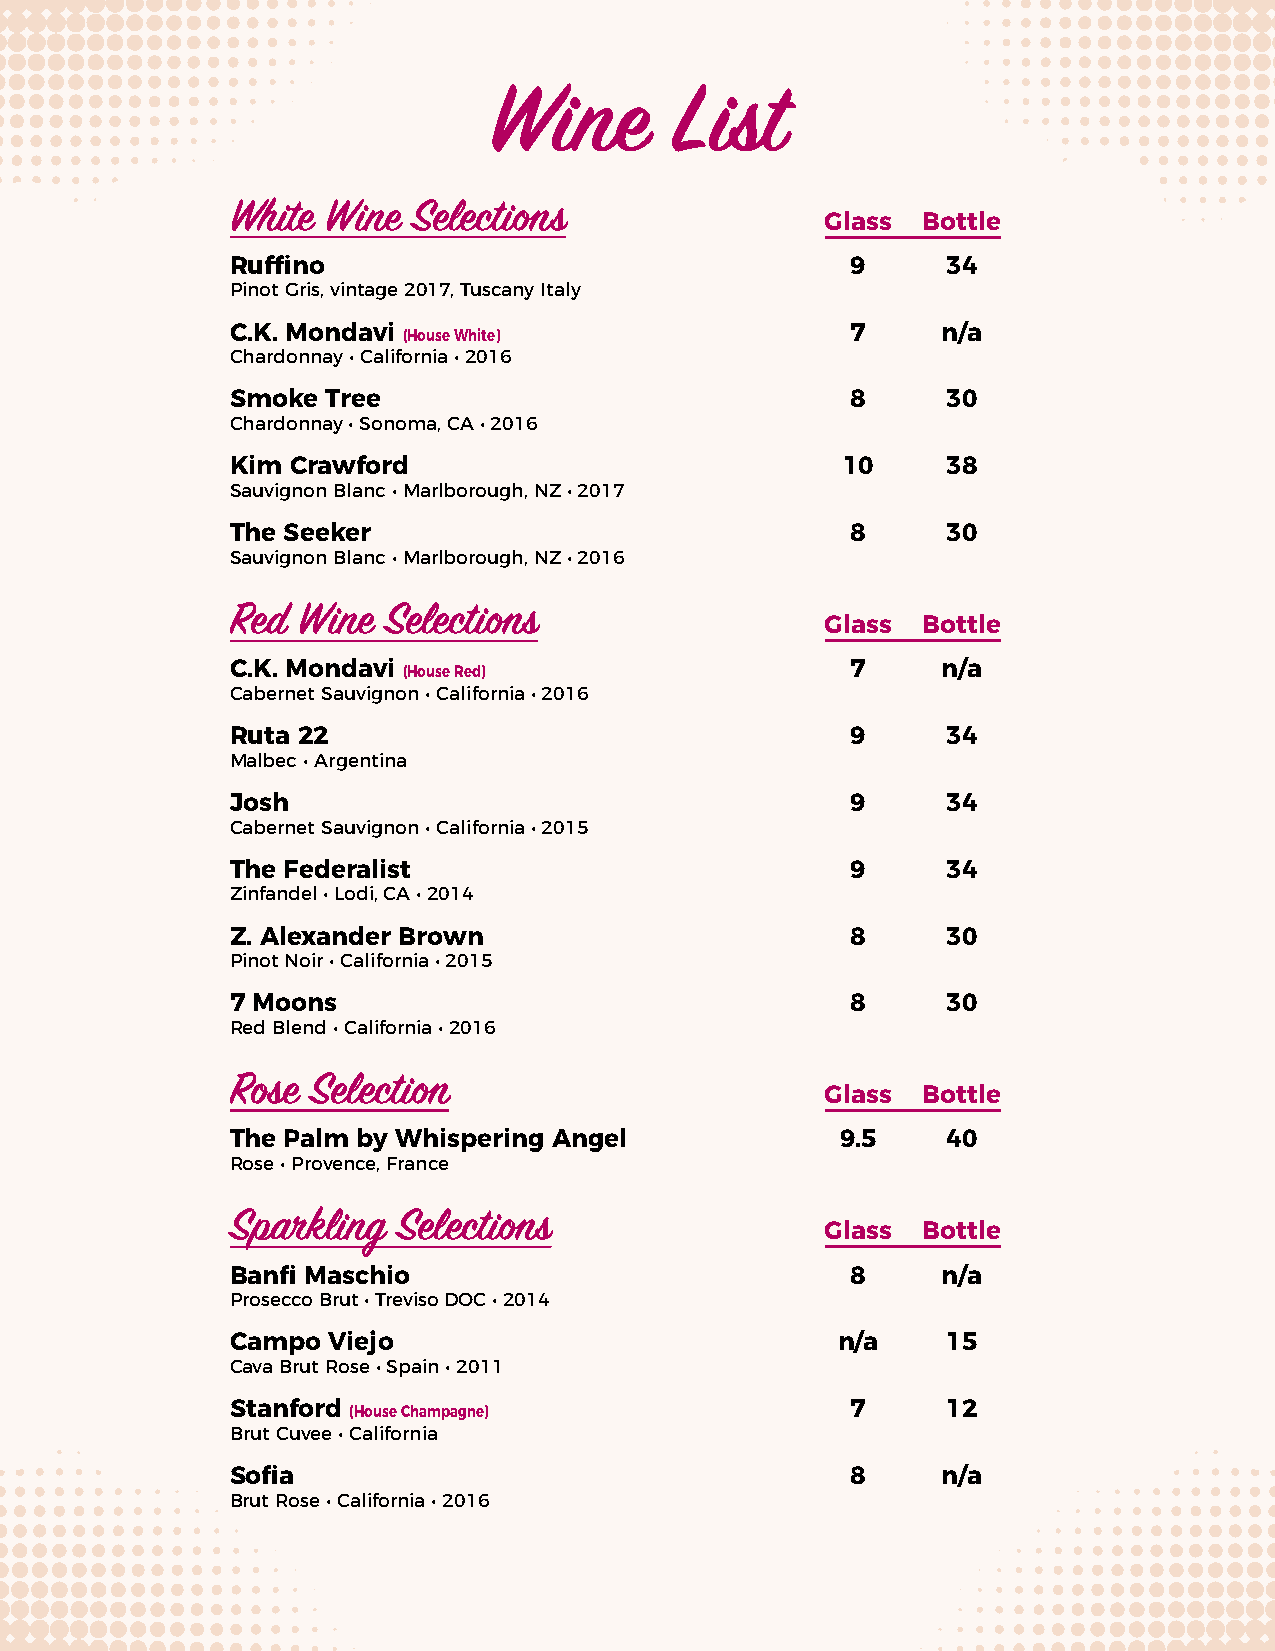
Wine         List
 White  Wine Selections
 Glass Bottle
 Ruffino                                  9      34
 Pinot Gris, vintage 2017, Tuscany Italy
 C.K. Mondavi (House White)               7     n/a
 Chardonnay • California • 2016
 Smoke  Tree                              8      30
 Chardonnay • Sonoma, CA • 2016
 Kim Crawford                             10     38
 Sauvignon Blanc • Marlborough, NZ • 2017
 The Seeker                               8      30
 Sauvignon Blanc • Marlborough, NZ • 2016
 Red  Wine Selections
 Glass Bottle
 C.K. Mondavi (House Red)                 7     n/a
 Cabernet Sauvignon • California • 2016
 Ruta 22                                  9      34
 Malbec • Argentina
 Josh                                     9      34
 Cabernet Sauvignon • California • 2015
 The Federalist                           9      34
 Zinfandel • Lodi, CA • 2014
 Z. Alexander Brown                       8      30
 Pinot Noir • California • 2015
 7 Moons                                  8      30
 Red Blend • California • 2016
 Rose  Selection
 Glass Bottle
 The Palm by Whispering Angel             9.5    40
 Rose • Provence, France
 Sparkling  Selections
 Glass Bottle
 Banfi Maschio                            8     n/a
 Prosecco Brut • Treviso DOC • 2014
 Campo  Viejo                            n/a     15
 Cava Brut Rose • Spain • 2011
 Stanford (House Champagne)               7      12
 Brut Cuvee • California
 Sofia                                    8     n/a
 Brut Rose • California • 2016